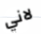
لاني